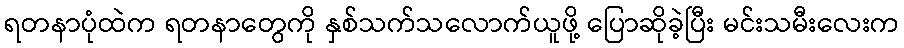
ရတနာပုံထဲက ရတနာတွေကို နှစ်သက်သလောက်ယူဖို့ ပြောဆိုခဲ့ပြီး မင်းသမီးလေးက